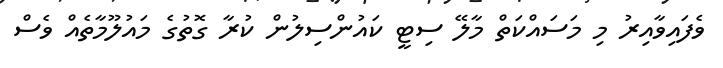
ވެފަައިވާއިރު މި މަސައްކަތް މާލޭ ސިޓީ ކައުންސިލުން ކުރާ ގޮތުގެ މައުލޫމާތެއް ވެސް